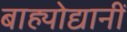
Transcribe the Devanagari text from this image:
बाह्योद्यानीं